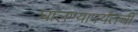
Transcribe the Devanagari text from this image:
घालण्यापर्यंतची